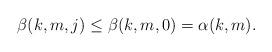
LaTeX: \begin{align*}\beta(k,m,j)\leq \beta(k,m,0)= \alpha(k,m).\end{align*}